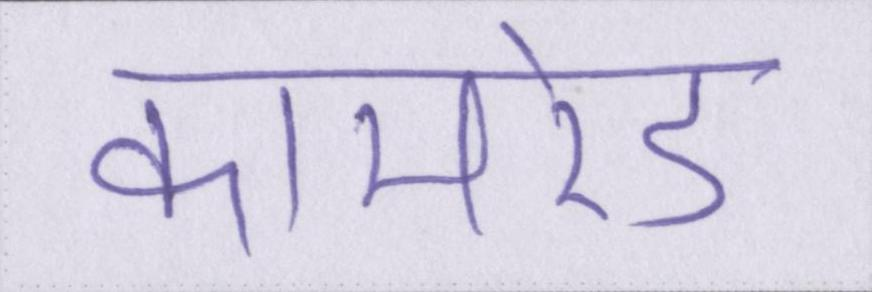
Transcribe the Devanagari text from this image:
कामरेड